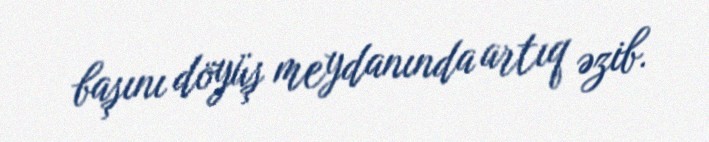
başını döyüş meydanında artıq əzib.